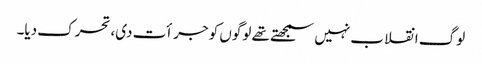
لوگ انقلاب نہیں سمجھتے تھے لوگوں کو جرأت دی، تحرک دیا۔